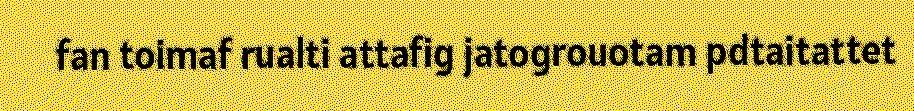
fan toimaf rualti attafig jatogrouotam pdtaitattet